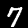
Digit: 7